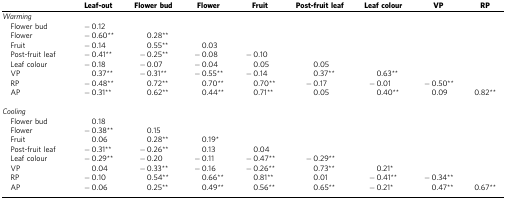
<table><thead><tr><td><b> </b></td><td><b>Leaf-out</b></td><td><b>Flower bud</b></td><td><b>Flower</b></td><td><b>Fruit</b></td><td><b>Post-fruit leaf</b></td><td><b>Leaf colour</b></td><td><b>VP</b></td><td><b>RP</b></td></tr></thead><tbody><tr><td colspan="9"><i>Warming</i></td></tr><tr><td> Flower bud</td><td>−0.12</td><td> </td><td> </td><td> </td><td> </td><td> </td><td> </td><td> </td></tr><tr><td> Flower</td><td>−0.60**</td><td>0.28**</td><td> </td><td> </td><td> </td><td> </td><td> </td><td> </td></tr><tr><td> Fruit</td><td>−0.14</td><td>0.55**</td><td>0.03</td><td> </td><td> </td><td> </td><td> </td><td> </td></tr><tr><td> Post-fruit leaf</td><td>−0.41**</td><td>−0.25**</td><td>−0.08</td><td>−0.10</td><td> </td><td> </td><td> </td><td> </td></tr><tr><td> Leaf colour</td><td>−0.18</td><td>−0.07</td><td>−0.04</td><td>0.05</td><td>0.05</td><td> </td><td> </td><td> </td></tr><tr><td> VP</td><td>0.37**</td><td>−0.31**</td><td>−0.55**</td><td>−0.14</td><td>0.37**</td><td>0.63**</td><td> </td><td> </td></tr><tr><td> RP</td><td>−0.48**</td><td>0.72**</td><td>0.70**</td><td>0.70**</td><td>−0.17</td><td>−0.01</td><td>−0.50**</td><td> </td></tr><tr><td> AP</td><td>−0.31**</td><td>0.62**</td><td>0.44**</td><td>0.71**</td><td>0.05</td><td>0.40**</td><td>0.09</td><td>0.82**</td></tr><tr><td> </td><td> </td><td> </td><td> </td><td> </td><td> </td><td> </td><td> </td><td> </td></tr><tr><td colspan="9"><i>Cooling</i></td></tr><tr><td> Flower bud</td><td>0.18</td><td> </td><td> </td><td> </td><td> </td><td> </td><td> </td><td> </td></tr><tr><td> Flower</td><td>−0.38**</td><td>0.15</td><td> </td><td> </td><td> </td><td> </td><td> </td><td> </td></tr><tr><td> Fruit</td><td>0.06</td><td>0.28**</td><td>0.19*</td><td> </td><td> </td><td> </td><td> </td><td> </td></tr><tr><td> Post-fruit leaf</td><td>−0.31**</td><td>−0.26**</td><td>0.13</td><td>0.04</td><td> </td><td> </td><td> </td><td> </td></tr><tr><td> Leaf colour</td><td>−0.29**</td><td>−0.20</td><td>−0.11</td><td>−0.47**</td><td>−0.29**</td><td> </td><td> </td><td> </td></tr><tr><td> VP</td><td>0.04</td><td>−0.33**</td><td>−0.16</td><td>−0.26**</td><td>0.73**</td><td>0.21*</td><td> </td><td> </td></tr><tr><td> RP</td><td>−0.10</td><td>0.54**</td><td>0.66**</td><td>0.81**</td><td>0.01</td><td>−0.41**</td><td>−0.34**</td><td> </td></tr><tr><td> AP</td><td>−0.06</td><td>0.25**</td><td>0.49**</td><td>0.56**</td><td>0.65**</td><td>−0.21*</td><td>0.47**</td><td>0.67**</td></tr></tbody></table>